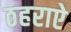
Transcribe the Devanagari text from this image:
ठहराऐ